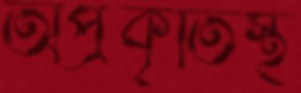
অপ্রকৃতিস্থ